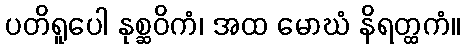
ပတိရူပေါ နုစ္ဆဝိကံ၊ အထ မောဃံ နိရတ္ထကံ။